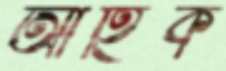
আহিক